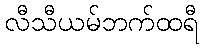
လီသီယမ်ဘက်ထရီ